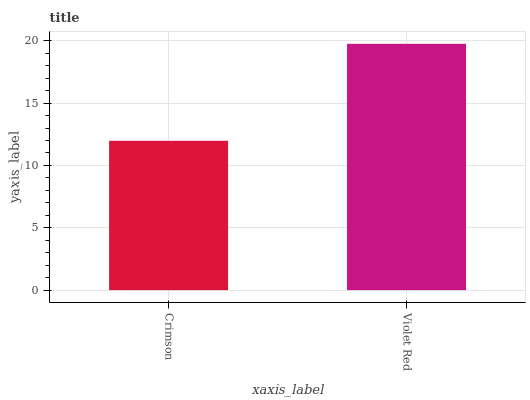
| xaxis_label | bars |
 | --- | --- |
 | Crimson | 12 |
 | Violet Red | 19.8 |